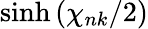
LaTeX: \sinh{(\chi_{nk}/2)}